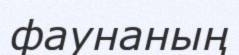
фаунаның